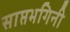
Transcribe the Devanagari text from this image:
साप्तभगिनी